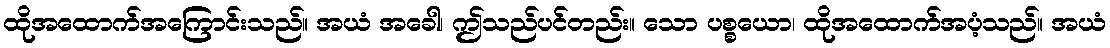
ထိုအထောက်အကြောင်းသည်။ အယံ အခေါ၊ ဤသည်ပင်တည်း။ သော ပစ္စယော၊ ထိုအထောက်အပံ့သည်။ အယံ